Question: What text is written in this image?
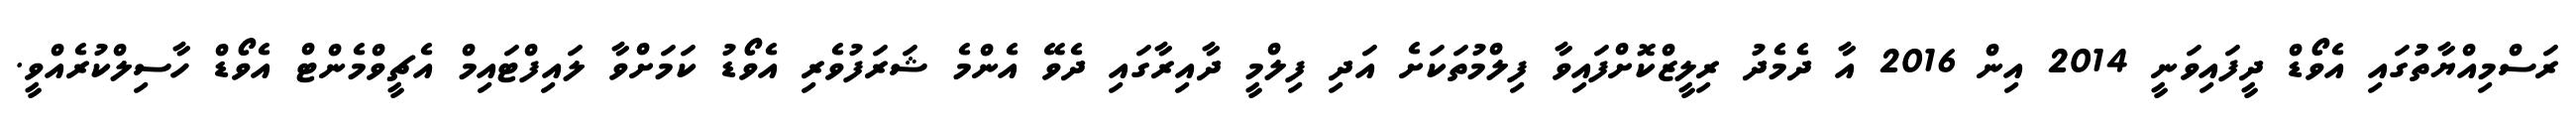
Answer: ރަސްމިއްޔާތުުގައި އެވޯޑް ދީފައިވަނީ 2014 އިން 2016 އާ ދެމެދު ރިލީޒްކޮށްފައިވާ ފިލްމުތަކަށެ އަދި ފިލްމީ ދާއިރާގައި ދެވޭ އެންމެ ޝަރަފުވެރި އެވޯޑު ކަމަށްވާ ލައިފްޓައިމް އެޗީވްމެންޓް އެވޯޑް ހާސިލްކުރެއްވީ.